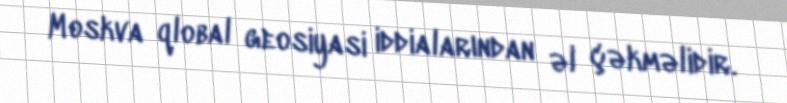
Moskva qlobal geosiyasi iddialarından əl çəkməlidir.